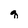
Character: q